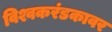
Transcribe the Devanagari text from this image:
विश्वकरंडकावर